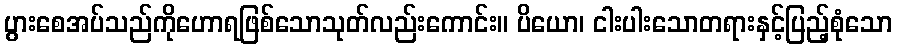
ပွားစေအပ်သည်ကိုဟောရဖြစ်သောသုတ်လည်းကောင်း။ ပိယော၊ ငါးပါးသောတရားနှင့်ပြည့်စုံသော